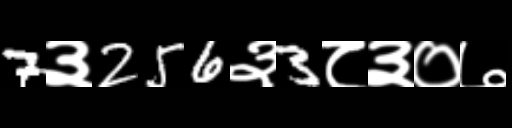
Text: 7३256३3८३०७